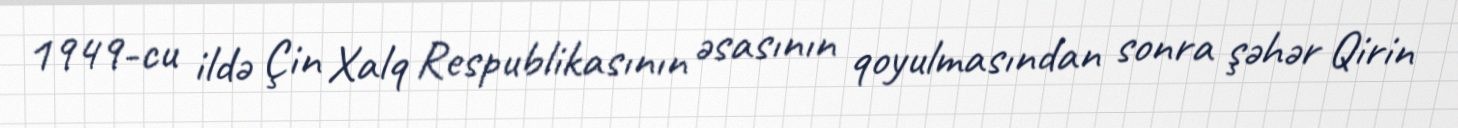
1949-cu ildə Çin Xalq Respublikasının əsasının qoyulmasından sonra şəhər Qirin